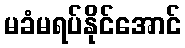
မခံမရပ်နိုင်အောင်